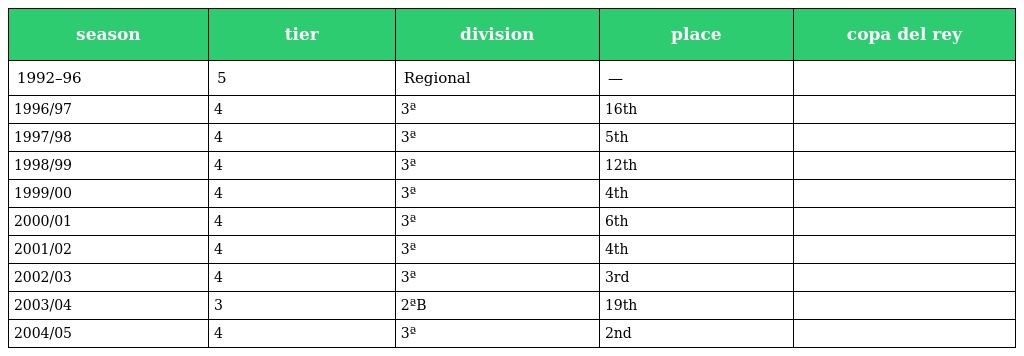
| season | tier | division | place | copa del rey |
 | --- | --- | --- | --- | --- |
 | 1992–96 | 5 | Regional | — |  |
 | 1996/97 | 4 | 3ª | 16th |  |
 | 1997/98 | 4 | 3ª | 5th |  |
 | 1998/99 | 4 | 3ª | 12th |  |
 | 1999/00 | 4 | 3ª | 4th |  |
 | 2000/01 | 4 | 3ª | 6th |  |
 | 2001/02 | 4 | 3ª | 4th |  |
 | 2002/03 | 4 | 3ª | 3rd |  |
 | 2003/04 | 3 | 2ªB | 19th |  |
 | 2004/05 | 4 | 3ª | 2nd |  |